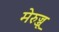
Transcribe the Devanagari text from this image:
मेरुज्जू